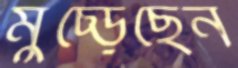
মুচ্‌ড়েছেন